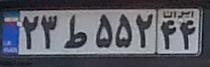
۲۳ط۵۵۲۴۴